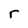
Character: r